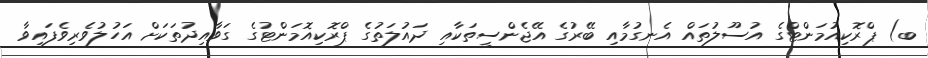
ބ) ޕްރޮކިއުމަންޓްގެ އުސޫލުތައް އެނގުމާއި ބޭރުގެ އޭޖެންސީތަކާއި ދައުލަތުގެ ޕްރޮކިއޮމަންޓުގެ ގަވާއިދުތަކަށް އަހުލުވެރިވެފައިވާ